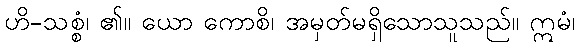
ဟိ-သစ္စံ၊ ၏။ ယော ကောစိ၊ အမှတ်မရှိသောသူသည်။ ဣမံ၊